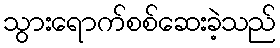
သွားရောက်စစ်ဆေးခဲ့သည်